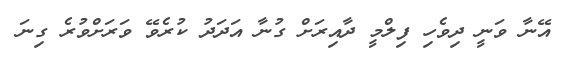
އޭނާ ވަނީ ދިވެހި ފިލްމީ ދާއިރަށް ގުނާ އަދަދު ކުރެވޭ ވަރަށްވުރެ ގިނަ